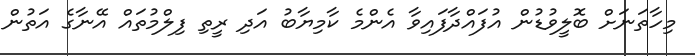
މިހާތަނަށް ބޮލީވުޑުން އުފައްދާފައިވާ އެންމެ ކާމިޔާބު އަދި ރީތި ފިލްމުތައް އޭނާގެ އަތުން